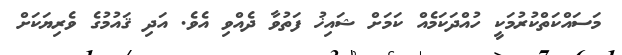
މަސައްކަތްކުރުމަކީ ހުއްދަކަމެއް ކަމަށް ޝައިޚު ފަތުވާ ދެއްވި އެވެ. އަދި ޤައުމުގެ ވެރިޔަކަށް